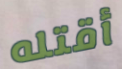
أقتله